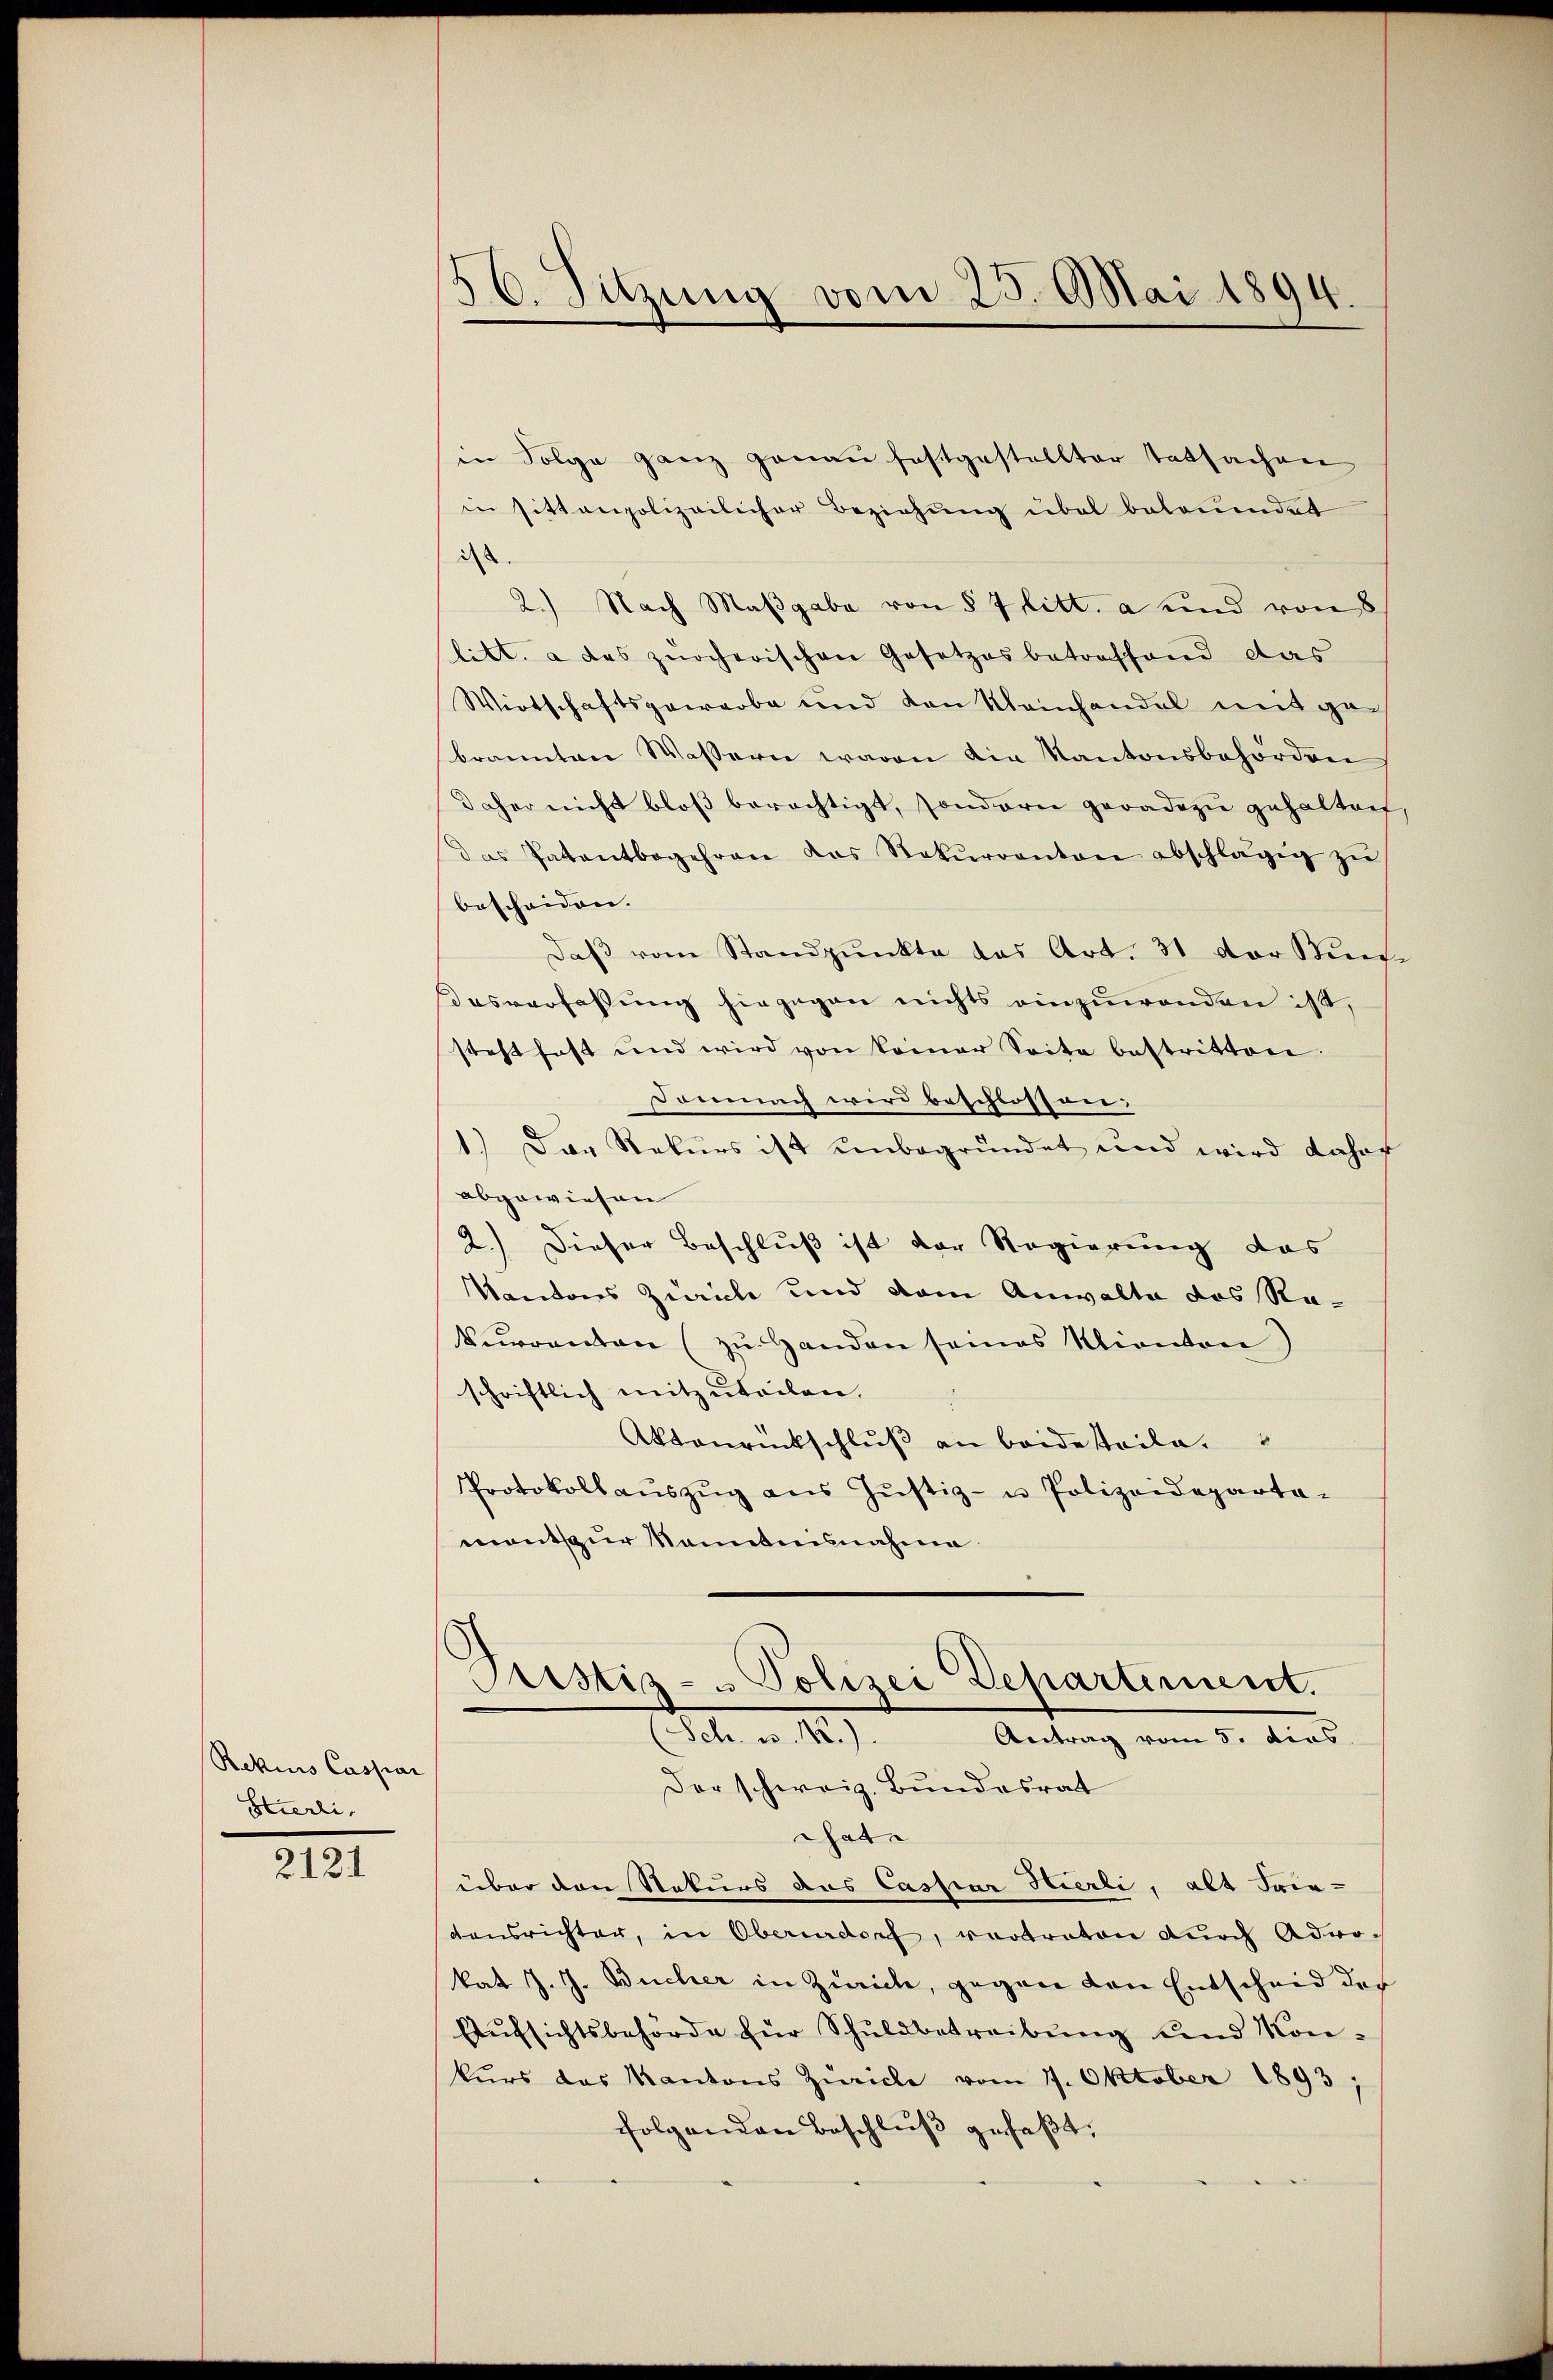
Rekurs Caspar
Stierli,

2121

16. Sitzung vom 25. Mai 1894.

in Folge ganz genau festgestellter Tatsachen
in sittenpolizeilicher Beziehŭng übel betruendet
d
2.) Nach Maßgabe von § 7 litt. a und von 8
litt. a das zürcherischen Gesetzes betreffend das
Wirtschaftsgewarbe und von Kleinhandel mit ge-
brannten Wassern waren die Kantonsbehörden
Daher nicht bloß berechtigt, sondern geradezu gehalten
das Patentbegehren das Rekŭrranton abschlägig zŭ
bescheiden.
daß vom Standpunkte das Art. 31 der Kirc
Dasverfassung hingegen nichts einzuwenden ist,
steht fast und wird von keiner Seite bestritten.
Demnach wird beschlossen.
1.) Das Rekurs ist unbegründet und wird daher
abgewiesen
2.) Dieser Beschluß ist der Regierung das
Kantons Zürich und dem Anwalte das Rakurrenten (zu Handen seines Kanton
schriftlich mitzŭteilen.
Aktonrückschlŭβ an beide steile.
Protokollauszug aus Justiz- u Polizeideparta-
mants zur Sonntennahme
Pristis - Polizei Departement.
dole u. 142)
Antrag vom 5. dies
Der schweiz. Bundesrat
Thate
über den Staturs das Cassiar Hierli, alt Frie-
ensrichter, in Oberndorf, vertreten durch Advokat J. J. Bücher in Zürich, gegen den Entscheid der
Aŭfsichtsbehörde für Schuldbetreibung und Konkurs das Kantons Zürich vom 17. Oktober 1893,
folgenden Beschluß gefaßt.